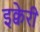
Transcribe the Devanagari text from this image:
इक्वेरी